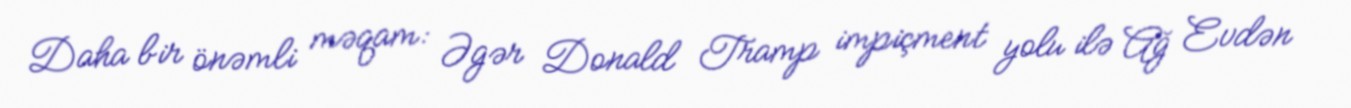
Daha bir önəmli məqam: Əgər Donald Tramp impiçment yolu ilə Ağ Evdən